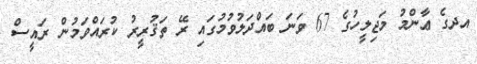
އދގެ ޢާންމު މަޖިލީހުގެ 67 ވަނަ ބައްދަލުވުމުގައި ރޭ ތަޤުރީރު ކުރައްވަމުން ރައީސް